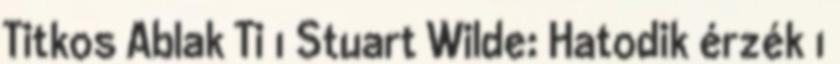
Titkos Ablak Ti 1 Stuart Wilde: Hatodik érzék 1